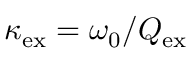
\kappa _ { \mathrm { e x } } = \omega _ { 0 } / Q _ { \mathrm { e x } }